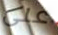
على